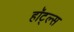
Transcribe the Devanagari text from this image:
हॉट्ल्स